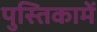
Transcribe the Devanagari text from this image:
पुस्‍तिकामें